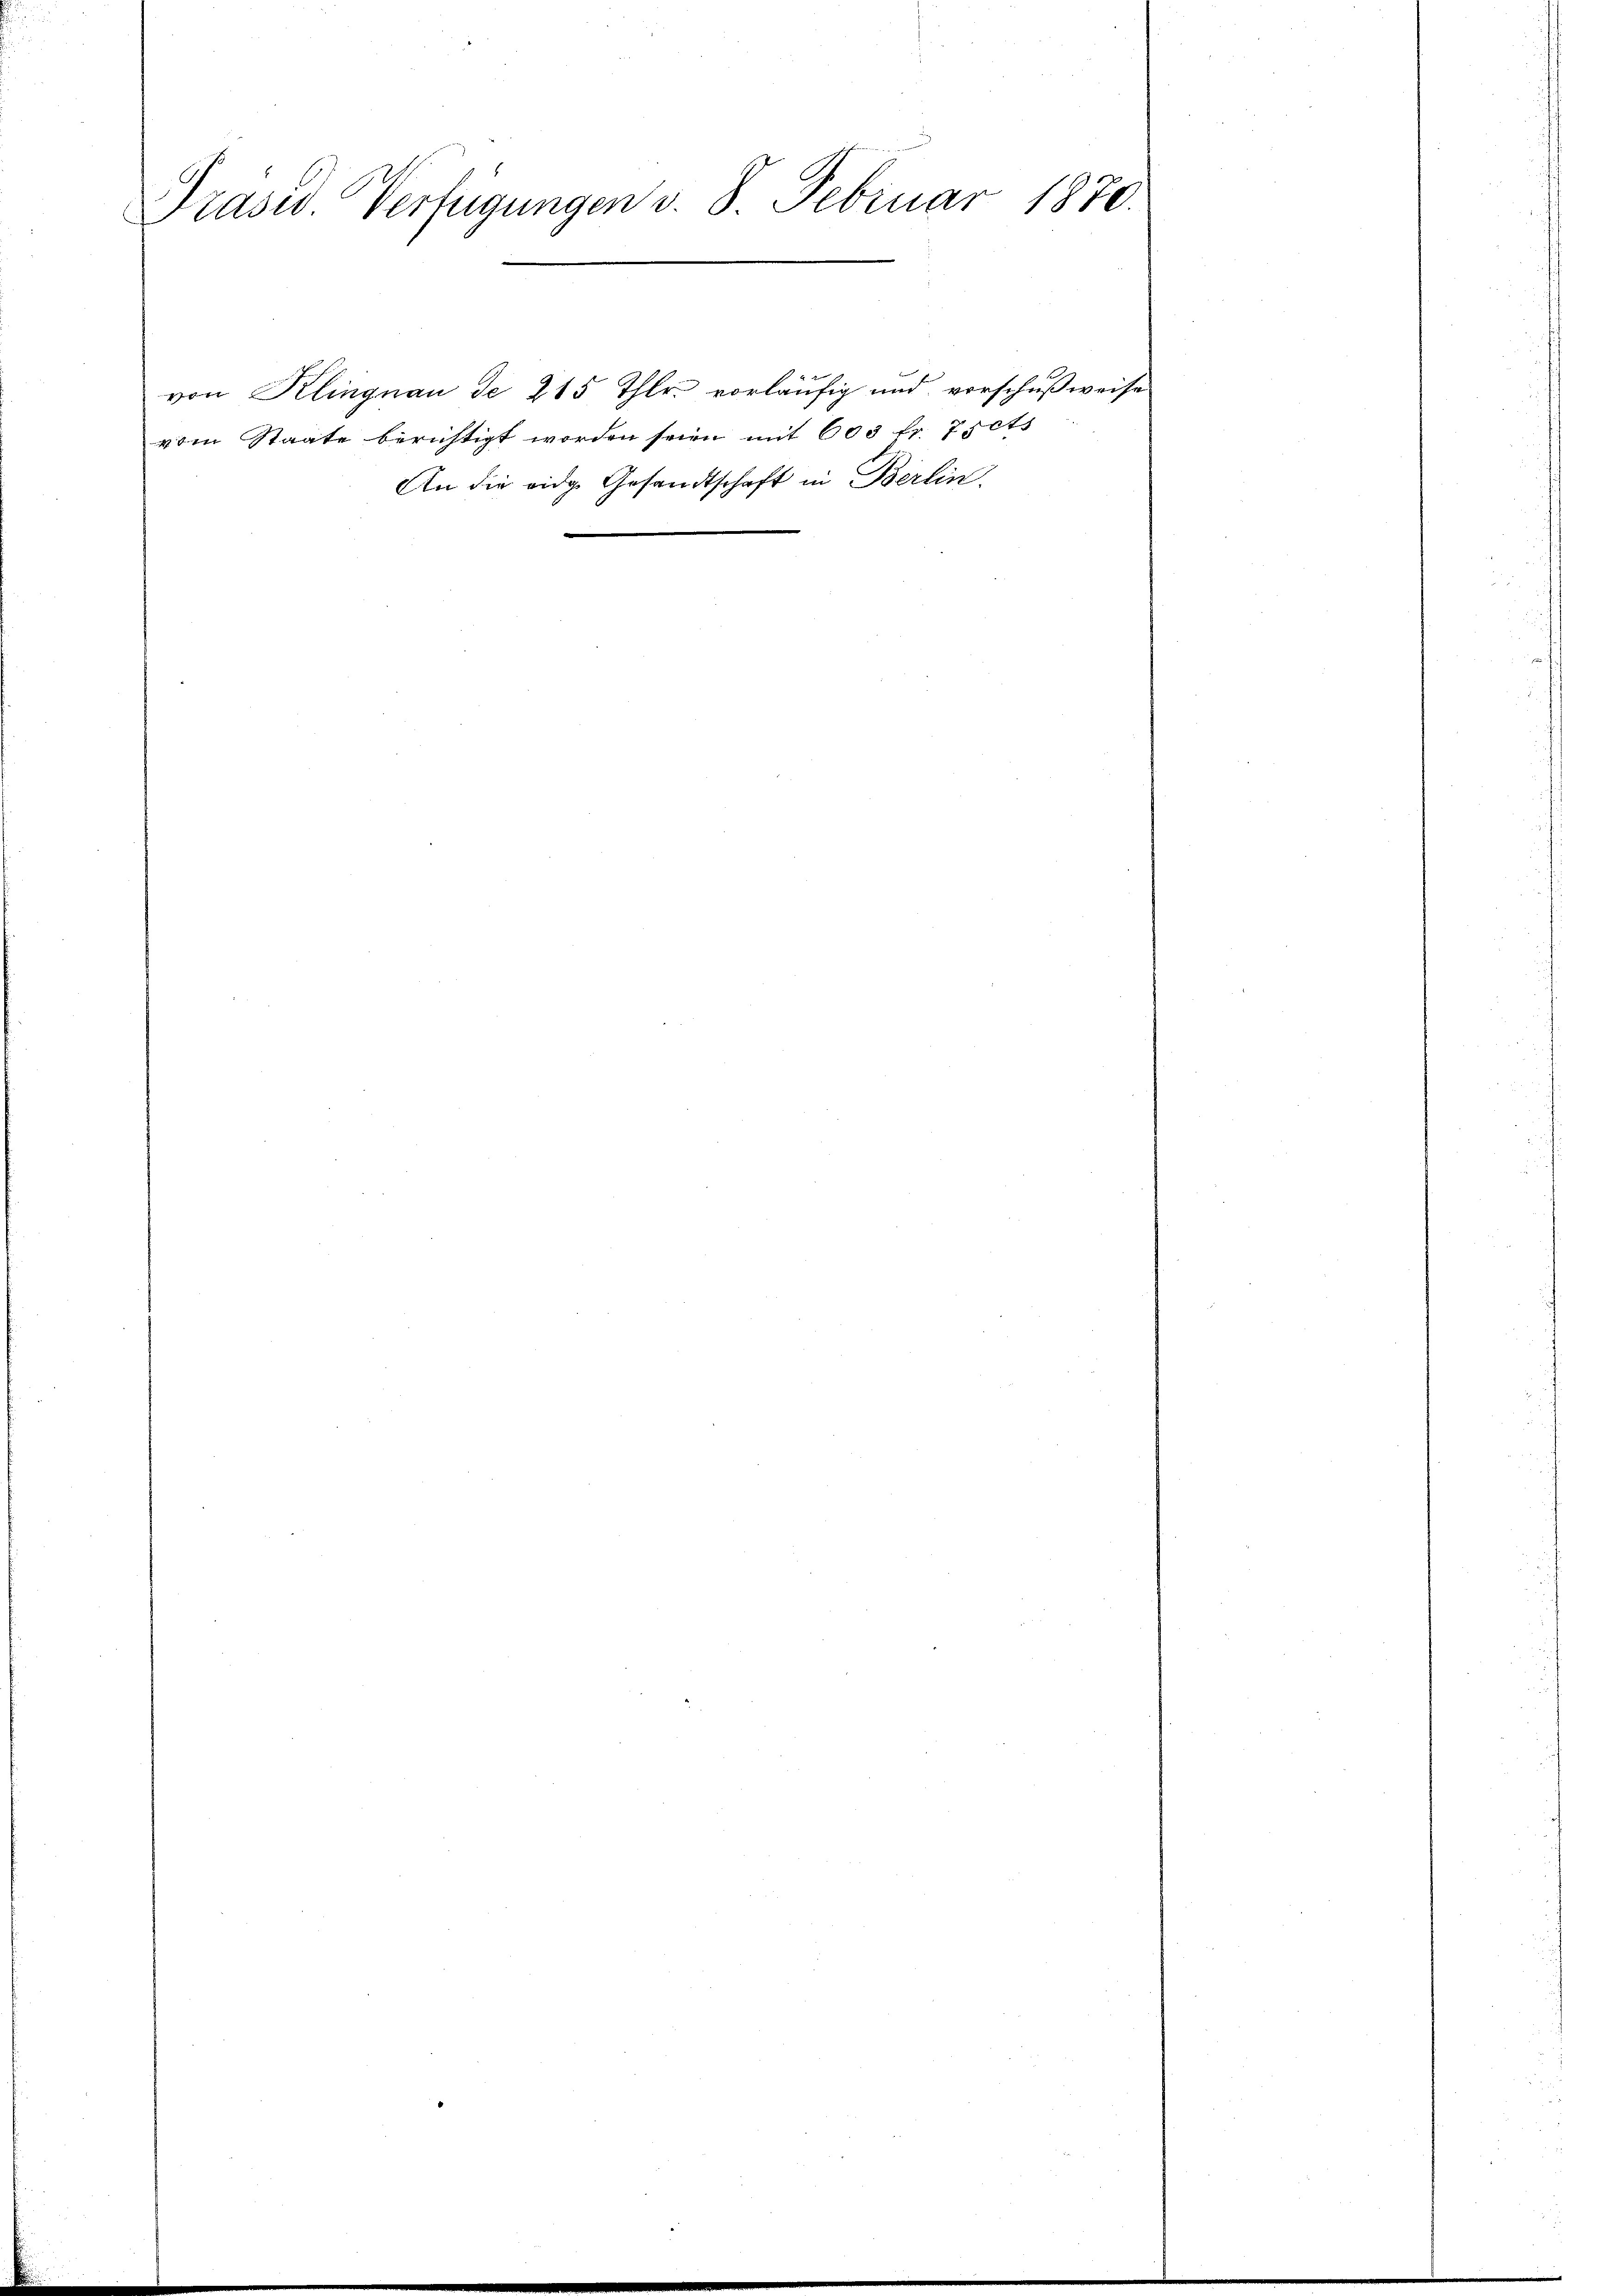
Präsid. Verfügungen v. 8. Februar 1870.

von Klingnau de 215 Thlr. vorläufig und vorschußweise
vom Staate berichtigt worden seien mit 603 fr. Zsets
An die eidge Gesandtschaft in Berlin.